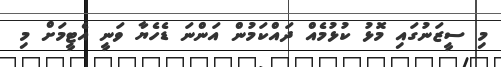
މި ސީޒަނުގައި މޮޅު ކުޅުމެއް ދައްކަމުން އަންނަ ޑެހެޔާ ވަނީ އެޓީމަށް މި